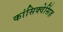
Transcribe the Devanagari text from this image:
कांसिक्वेसिंज़